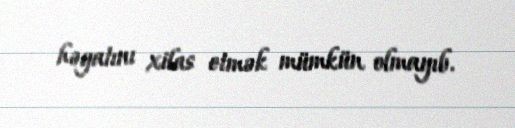
həyatını xilas etmək mümkün olmayıb.